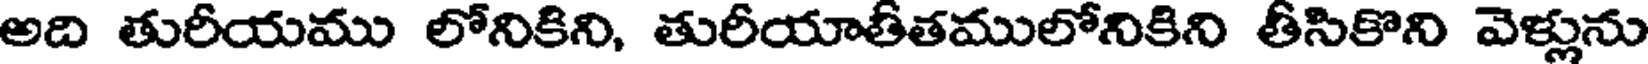
అది తురీయము లోనికిని, తురీయాతీతములోనికిని తీసికొని వెళ్లును